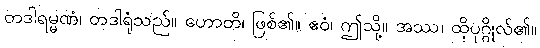
တဒါရမ္မဏံ၊ တဒါရုံသည်။ ဟောတိ၊ ဖြစ်၏။ ဧဝံ၊ ဤသို့။ အဿ၊ ထိုပုဂ္ဂိုလ်၏။